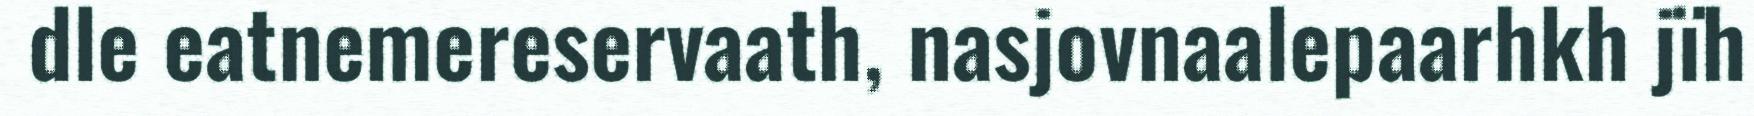
dle eatnemereservaath, nasjovnaalepaarhkh jïh